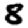
Digit: 8